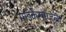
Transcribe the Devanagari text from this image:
माइकेलएंजेलो